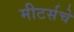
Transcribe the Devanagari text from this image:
मीटर्सचे